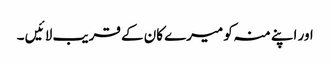
اور اپنے منہ کو میرے کان کے قریب لا ئیں ۔